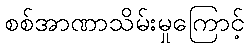
စစ်အာဏာသိမ်းမှုကြောင့်